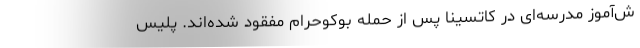
ش‌آموز مدرسه‌ای در کاتسینا پس از حمله بوکوحرام مفقود شده‌اند. پلیس